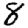
Digit: 8